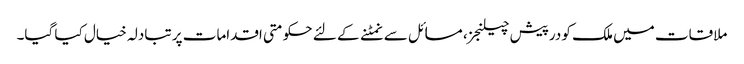
ملاقات میں ملک کو درپیش چیلنجز، مسائل سے نمٹنے کے لئے حکومتی اقدامات پر تبادلہ خیال کیا گیا۔